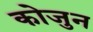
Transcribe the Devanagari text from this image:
कोजुन